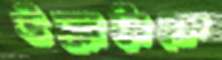
উক্কাট্টাকে